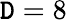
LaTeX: \mathtt{D}=8